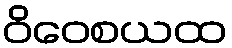
ဝိဝေစယထ